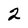
Character: 2